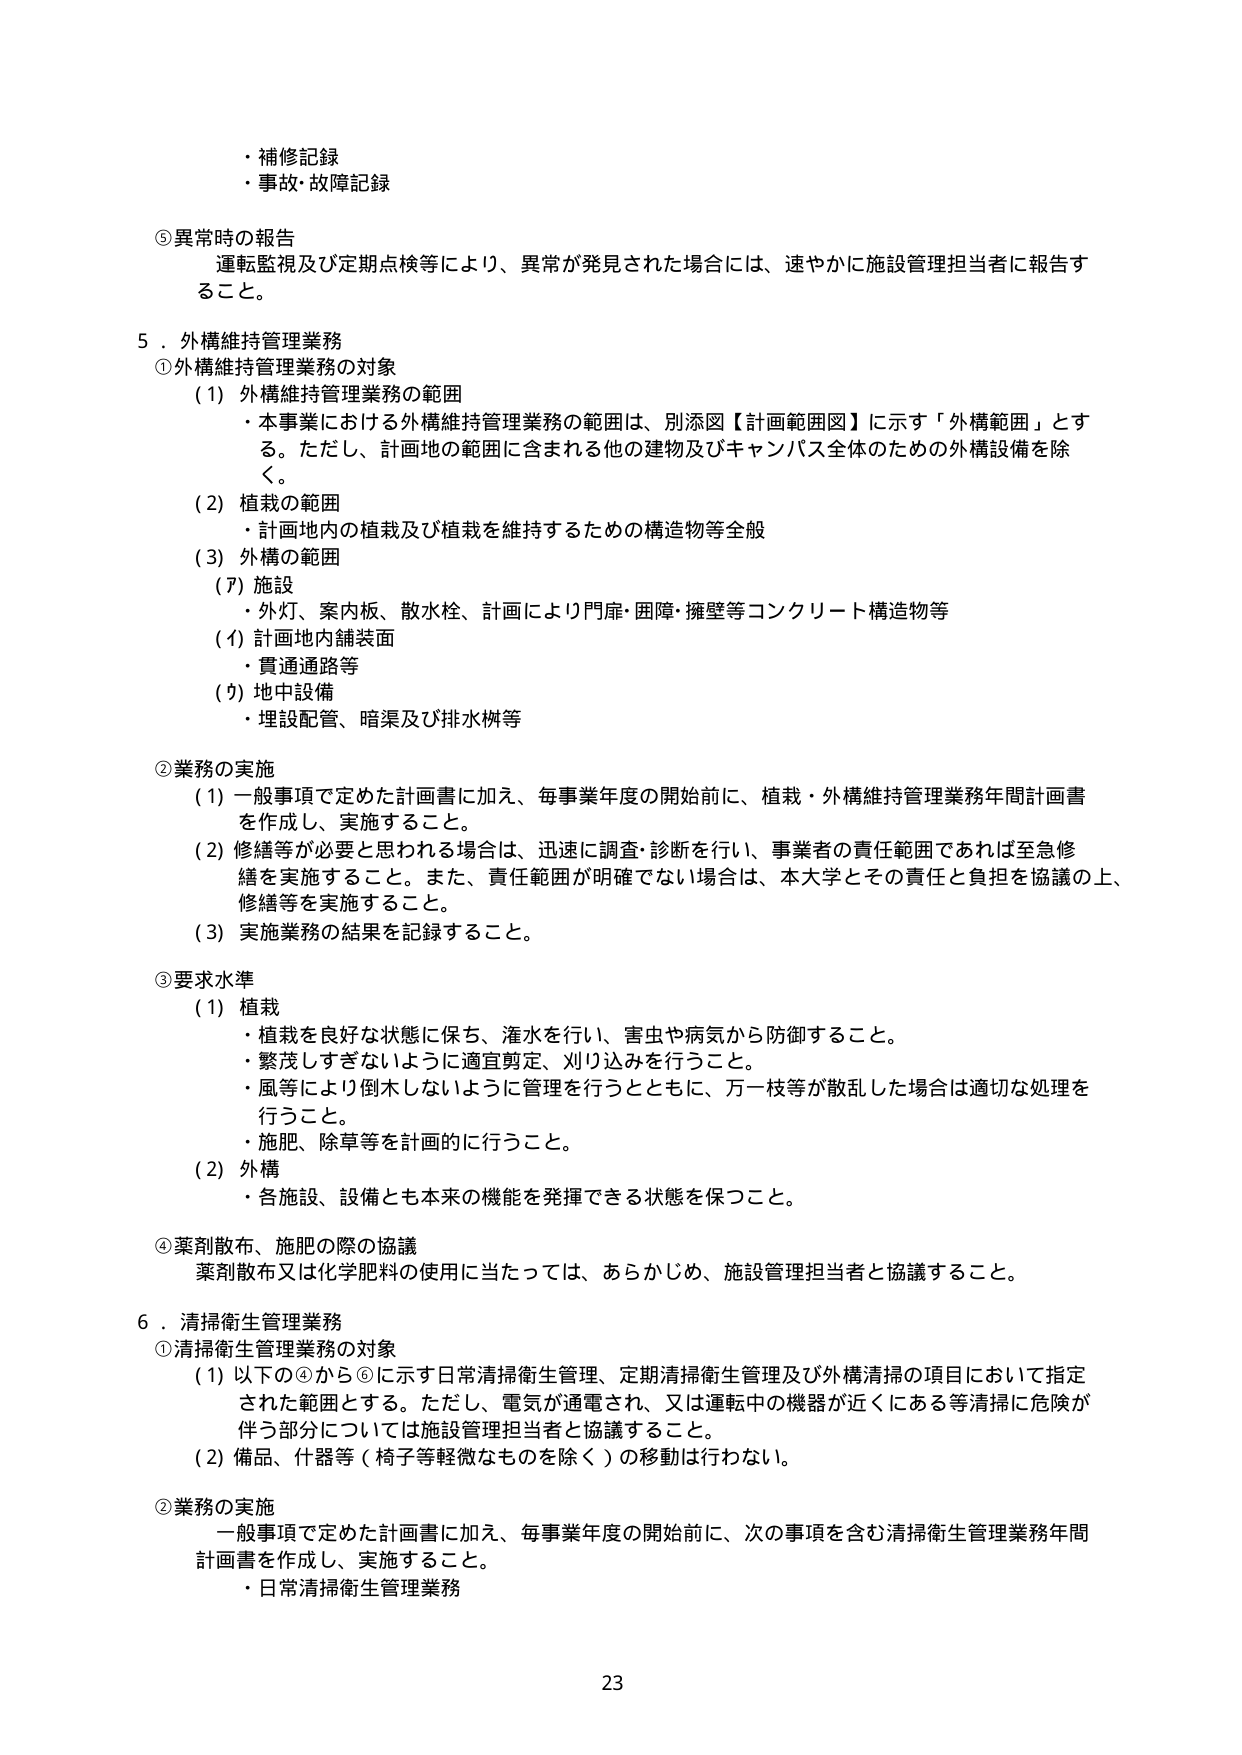
・補修記録
・事故・故障記録

⑤ 異常時の報告
運転監視及び定期点検等により、異常が発見された場合には、速やかに施設管理担当者に報告すること。

5．外構維持管理業務
① 外構維持管理業務の対象
（1）外構維持管理業務の範囲
・本事業における外構維持管理業務の範囲は、別添図【計画範囲図】に示す「外構範囲」とする。ただし、計画地の範囲に含まれる他の建物及びキャンパス全体のための外構設備を除く。
（2）植栽の範囲
・計画地内の植栽及び植栽を維持するための構造物等全般
（3）外構の範囲
（ｱ）施設
・外灯、案内板、散水栓、計画により門扉・囲障・擁壁等コンクリート構造物等
（ｲ）計画地内舗装面
・貫通通路等
（ｳ）地中設備
・埋設配管、暗渠及び排水桝等

② 業務の実施
（1）一般事項で定めた計画書に加え、毎事業年度の開始前に、植栽・外構維持管理業務年間計画書を作成し、実施すること。
（2）修繕等が必要と思われる場合は、迅速に調査・診断を行い、事業者の責任範囲であれば至急修繕を実施すること。また、責任範囲が明確でない場合は、本大学とその責任と負担を協議の上、修繕等を実施すること。
（3）実施業務の結果を記録すること。

③ 要求水準
（1）植栽
・植栽を良好な状態に保ち、灌水を行い、害虫や病気から防御すること。
・繁茂しすぎないように適宜剪定、刈り込みを行うこと。
・風等により倒木しないように管理を行うとともに、万一枝等が散乱した場合は適切な処理を行うこと。
・施肥、除草等を計画的に行うこと。
（2）外構
・各施設、設備とも本来の機能を発揮できる状態を保つこと。

④ 薬剤散布、施肥の際の協議
薬剤散布又は化学肥料の使用に当たっては、あらかじめ、施設管理担当者と協議すること。

6．清掃衛生管理業務
① 清掃衛生管理業務の対象
（1）以下の④から⑥に示す日常清掃衛生管理、定期清掃衛生管理及び外構清掃の項目において指定された範囲とする。ただし、電気が通電され、又は運転中の機器が近くにある等清掃に危険が伴う部分については施設管理担当者と協議すること。
（2）備品、什器等（椅子等軽微なものを除く）の移動は行わない。

② 業務の実施
一般事項で定めた計画書に加え、毎事業年度の開始前に、次の事項を含む清掃衛生管理業務年間計画書を作成し、実施すること。
・日常清掃衛生管理業務

23